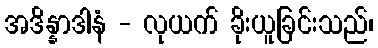
အဒိန္နာဒါနံ - လုယက် ခိုးယူခြင်းသည်၊